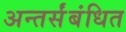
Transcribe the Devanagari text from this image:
अन्तर्संबंधित